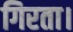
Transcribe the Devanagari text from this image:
गिरता।